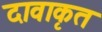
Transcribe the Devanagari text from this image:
दावाकृत